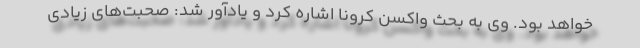
خواهد بود. وی به بحث واکسن کرونا اشاره کرد و یادآور شد: صحبت‌های زیادی